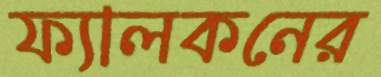
ফ্যালকনের